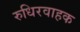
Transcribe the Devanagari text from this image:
रुधिरवाहक